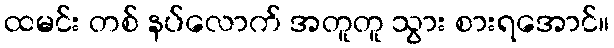
ထမင်း တစ် နပ်လောက် အတူတူ သွား စားရအောင်။